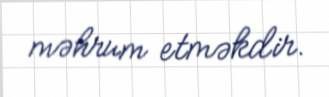
məhrum etməkdir.